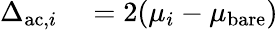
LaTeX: \begin{array}{rl}{\Delta_{\mathrm{ac},i}}&{{}=2(\mu_{i}-\mu_{\mathrm{bare}})}\end{array}